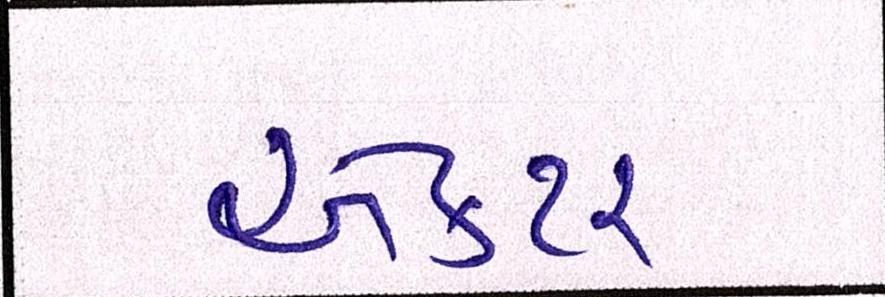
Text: ઍક્ટર